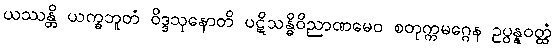
ယဿန္တိ ယက္ခဘူတံ ဝိဒ္ဒသုနောတိ ပဋိသန္ဓိဝိညာဏမေဝ စတုက္ကမဂ္ဂေန ဥပ္ပန္နဝတ္ထံ